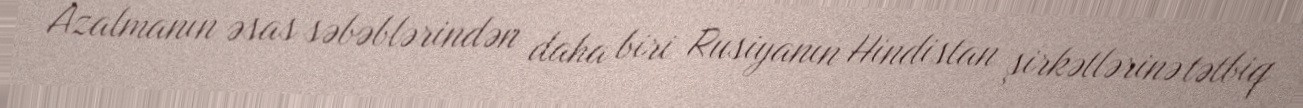
Azalmanın əsas səbəblərindən daha biri Rusiyanın Hindistan şirkətlərinə tətbiq